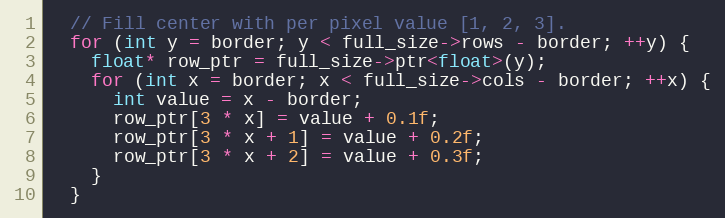
Language: C++
  // Fill center with per pixel value [1, 2, 3].
  for (int y = border; y < full_size->rows - border; ++y) {
    float* row_ptr = full_size->ptr<float>(y);
    for (int x = border; x < full_size->cols - border; ++x) {
      int value = x - border;
      row_ptr[3 * x] = value + 0.1f;
      row_ptr[3 * x + 1] = value + 0.2f;
      row_ptr[3 * x + 2] = value + 0.3f;
    }
  }